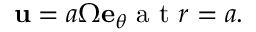
\mathbf { u } = a \Omega \mathbf { e } _ { \theta } \textrm { a t } r = a .